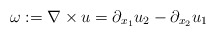
\begin{align*} \omega:=\nabla\times u= \partial_{x_1} u_{2} - \partial_{x_2} u_{1} \end{align*}